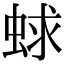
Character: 蛷